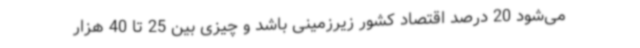
می‌شود 20 درصد اقتصاد کشور زیرزمینی باشد و چیزی بین 25 تا 40 هزار